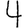
Digit: 4